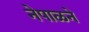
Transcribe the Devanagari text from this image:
नेपाळने